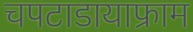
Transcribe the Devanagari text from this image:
चपटाडायाफ्राम